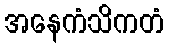
အနေကံသိကတံ